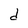
Character: d